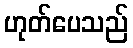
ဟုတ်ပေသည်